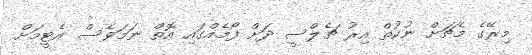
މިރޭގެ މެޗަށް ނުކުތް އިރު ޗެލްސީ ދަށް ފޯމެއްގައި އޮތް ނަމަވެސް އެޓީމަށް